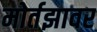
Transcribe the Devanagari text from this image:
मोर्तझावर